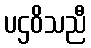
ပဌဝိသညီ